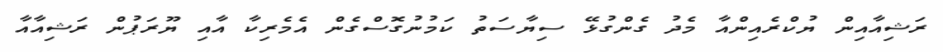
ރަޝިއާއިން ޔުކްރެއިންއާ މެދު ގެންގުޅޭ ސިޔާސަތު ކަމުނުގޮސްގެން އެމެރިކާ އާއި ޔޫރަޕުން ރަޝިއާއާ